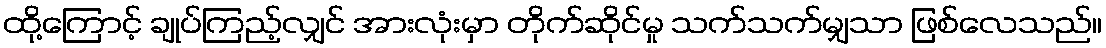
ထို့ကြောင့် ချုပ်ကြည့်လျှင် အားလုံးမှာ တိုက်ဆိုင်မှု သက်သက်မျှသာ ဖြစ်လေသည်။